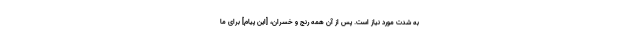
به شدت مورد نیاز است. پس از آن همه رنج و خسران، [این پیام] برای ما